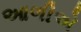
આળીએ